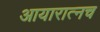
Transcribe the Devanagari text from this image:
आयारात्नच